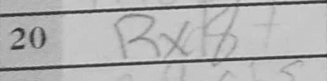
Transcription: Rxd8+